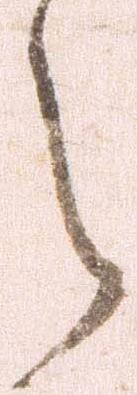
之